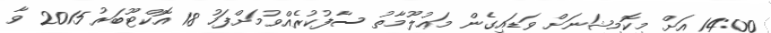
14:00 އަށް މިކޮމިޝަނަށް ވަޑައިގެން މަޢުލޫމާތު ސާފުކުރެއްވުމަށްފަހު 18 އޮކްޓޫބަރު 2015 ވާ